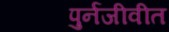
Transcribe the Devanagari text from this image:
पुर्नजीवीत